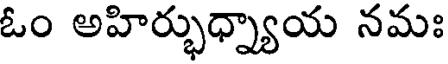
ఓం అహిర్భుధ్న్యాయ నమః